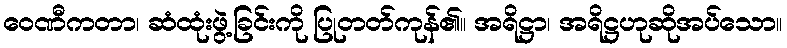
ဝေဏီကတာ၊ ဆံထုံးဖွဲ့ခြင်းကို ပြုတတ်ကုန်၏။ အရိဋ္ဌာ၊ အရိဋ္ဌဟုဆိုအပ်သော။